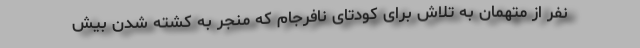
نفر از متهمان به تلاش برای کودتای نافرجام که منجر به کشته شدن بیش